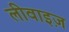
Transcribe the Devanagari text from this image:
लीवाइज़